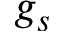
g _ { s }